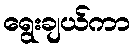
ရွေးချယ်ကာ